Vital statistics of India. Vol. IV, Annual returns from 1871 to 1876. British Army of India, Native Army and jails of Bengal
Year: 1871
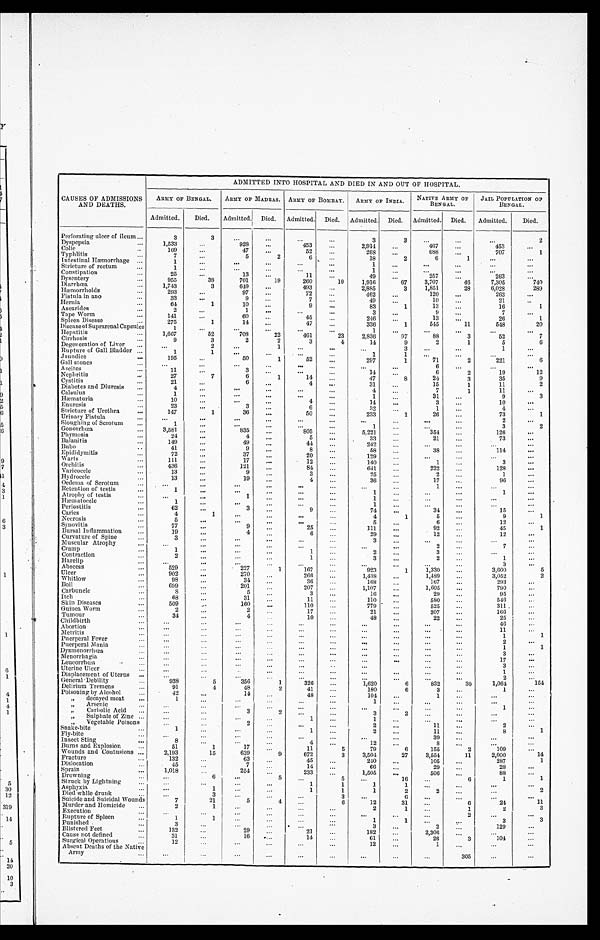
ADMITTED INTO HOSPITAL AND DIED IN AND OUT OF HOSPITAL.
CAUSES OF ADMISSIONS
AND DEATHS.
ARMY OF BENGAL.
A R M Y O F M A D R A S .
ARMY OF BOMBAY. ARMY OF INDIA. NATI VE ARMY OF
BENGAL.
JAIL POPULATION OF
BENGAL.
Admitted.
Died. Admitted. Died.
Admitted.
Died.
Admitted.
Died.
Admitted.
Died. Admitted.
Died.
Perforating ulcer of ileum
3
3
...
...
...
...
3
3
...
...
. . . 2
Dyspepsia
1,533
. . .
928
. . .
453
...
2,914
. . .
467
...
453
...
Colic
169
...
47
...
52
...
268
...
688
...
707
1
Typhlitis
7
...
5
2
6
. . .
18
2
6
1
. . .
. . .
Intestinal Hæmorrhage
1
...
...
...
...
...
1
...
. . .
. . .
. . .
. . .
Stricture of rectum
1
. . .
. . .
. . .
. . .
...
1
. . .
. . .
. . .
. . .
. . .
Constipation
25
...
13
...
11
...
49
...
257
...
263
...
Dysentery
955
38
701
19
260
10
1,916
67
3,707
46
7,305
740
Diarrhœa
1,743
3
649
...
493
. . .
2,885
3
1,851
28
6,028
289
Hæmorrhoids
293
...
97
...
72
...
462
. . .
120
...
263
. . .
Fistula in ano
33
...
9
. . . 7
. . .
49
. . .
10
. . . 21
. . .
Hernia
64
1
10
...
9
...
83
1
13
...
16
1
Ascarides
2
...
1
. . .
. . .
. . .
3
...
9
. . .7
...
Tape Worm
141
...
60
. . .
45
. . .
246
. . .
13
...
26
1
Spleen Disease
275
1
14
...
47
...
336
1
545
11
548
20
Disease of Suprarenal Capsules
1
. . .
...
...
...
...
1
...
...
...
...
. . .
Hepatitis
1,667
52
708
22
461
23
2,836
97
88
3
52
7
Cirrhosis
9
3
2
2
3
4
14
9
2
1
5
6
Degeneration of Liver
...
2
...
1
...
...
. . . 3
...
...
1
. . .
Rupture of Gall Bladder
1
1
...
...
. . .
. . .
1
1
...
. . .
. . .
. . .
Jaundice
195
. . .
50
1
52
. . .
297
1
71
2
221
6
Gall stone
. . .
. . .
...
...
...
...
...
. . .
6
...
. . .
. . .
Ascites
11
...
3
...
...
...
14
. . . 6
2
19
12
Nephritis
27
7
6
1
14
. . .
47
8
24
3
35
9
Cystitis
21
...
6
...
4
...
31
. . . 15
1
11
2
Diabetes and Diuresis
4
. . .
. . .
. . .
. . .
. . . 4
...
7
1
11
. . .
Calculus
1
. . .
...
. . .
...
. . .
1
. . . 31
...
9
3
Hæmaturia
1
. . .
. . .
...
4
. . .
14
. . .
3
...
10
. . .
Enuresis
23
...
3
...
6
. . .
32
. . . 1
...
4
. . .
Stricture of Urethra
147
1
36
. . .
50
...
233
1
26
. . . 73
1
Urinary Fistula
...
. . .
. . .
. . .
. . .
. . .
. . .
. . .
. . .
. . .2
. . .
Sloughing of Scrotum
1
...
...
...
...
...
1
...
. . .
...
3
2
Gonorrhœa
3,581
. . . 835
...
805
. . .
5,221
. . .
354
...
126
. . .
Phymosis
24
...
4
. . .
5
. . .
33
. . .
21
. . .
73
. . .
Balanitis
149
...
49
. . .
44
. . .
242
. . .
...
. . .
. . .
. . .
Bubo
41
. . .
9
. . .
8
...
58
. . . 38
...
114
. . .
Epididymitis
72
. . . 37
. . . 20
...
129
. . .
...
...
. . .
. . .
Warts
111
. . . 17
. . .
12
...
140
...
1
...
3
. . .
Orchitis
436
...
121
. . . 84
...
641
. . .
222
...
128
. . .
Varicocele
13
. . . 9
. . . 3
. . . 25
. . . 2
...
1
. . .
Hrdroeele
13
...
19
. . .
4
...
36
...
17
. . .
9
6
. . .
Oedema of Scrotum
...
...
..
. . .
...
. . .
. . .
. . .
1
...
...
. . .
Retention of testis
1
...
. . .
. . .
. . .
. . .
. . 1 .
. . .
. . .
. . .
. . 1 .
. . .
Atrophy of testis
...
...
1
. . .
. . .
. . .
1
. . .
...
...
. . .
. . .
Hæmatocele
1
. . .
. . .
. . .
. . .
. . . 1
...
. . .
...
. . .
. . .
Periostitis
62
...
3
. . .
9
. . . 74
. . .
34
...
15
. . .
Caries
4
1
. . .
. . .
. . .
...
4
1
5
. . . 9
1 . . .
Necrosis
5
...
...
. . .
. . .
. . .
5
. . . 6
. . . 12
. . .
Synovitis
77
...
9
. . . 25
...
111
...
92
. . .
4 5
1
Bursal Inflammation
19
. . .
. 4 . .
...
6 . . . 29
...
12
. . .
12
. . .
Curvature of Spine
3
. . .
. . .
. . .
. . .
. . . 3
. . .
. . .
. . .
. . .
. . .
Muscular Atrophy
...
...
...
. . .
. . .
...
. . .
. . .
2
...
7
. . .
Cramp
1
...
...
. . .
1
. . . 2
. . . 3
...
. . .
. . .
Contraction
2
. . .
. . .
. 1 . .
. . . . . . 3
...
2
...
1
. . .
Harelip
. . .
. . .
. . .
. . .
. . .
. . .
. . .
. . .
...
. . .3
. . .
Abscess
529
. . . 227
1
167
. . .
923
1
1,330
. . .
3,600
5
Ulcer
902
. . .
270
...
266
. . .
1,438
...
1,489
. . .
3,052
2
Whitlow
98
. . . 34
. . . 36
. . .
168
. . .
167
...
293
...
Boil
699
...
201 ...
207
...
1,107
. . .
1,605
. . .
790
. . .
Carbuncle
8
. . .5
. . .
3
. . .
16
. . .
29
...
95
. . .
Itch
68
. . .
31
. . .
11
. . .
110
. . .
580
...
546
. . .
Skin Diseases
509
. . . 160
...
110
...
779
. . . 525
. . . 311
. . .
Guinea Worm
2
. . .2
. . . 17
...
21
. . .
307
...
166
. . .
Tumour
34
...
4
. . . 10
...
48
...
22
. . .
25
. . .
Childbirth
. . .
. . .
. . .
. . .
. . .
. . .
. . .
. . .
. . .
. . .
46
. . .
Abortion
...
...
...
...
...
...
. . .
. . .
...
...
11
. . .
Metritis
. . .
...
...
...
...
...
. . .
. . .
. . .
...
1
1
Puerperal Fever
. . .
. . .
. . .
. . .
. . .
. . .
. . .
. . .
. . .
...
2
. . .
Puerperal Mania
. . .
. . .
...
...
...
. . .
. . .
...
. . .
. . . 1
1
Dysmenorrhœa
...
...
. . .
...
...
...
. . .
. . .
. . .
. . .3
. . .
Menorrhagia
. . . ...
...
. . .
. . .
. . .
...
. . .
. . .
. . .
1 7
. . .
Leucorrhœa
...
. . .
...
...
...
..
...
. . .
...
...
3
. . .
Uterine Ulcer
...
...
. . .
...
. . .
. . .
. . .
. . .
. . .
. . .1
. . .
Displacement of Uterus
...
. . .
...
. . .
...
...
. . .
...
. . .
. . .
2
. . .
General Debility
938
5
356
1
326
...
1,620
6
832
30
1,064
154
Delirium Tremens
91
4
48
2
41
...
180
6
3
. . .1
. . .
Poisoning by Alcohol
42
. . .
14
...
48
...
104
...
1
. . .
. . .
. . .
" decayed meat
1
. . .
. . .
...
. . .
. . .
1
...
...
...
. . .
. . .
" Arsenic
. . .
...
. . .
. . .
...
. . .
. . .
...
. . .
. . .1
. . .
" Carbolic Acid
...
...
3
2
...
. . . 3
2
. . .
. . .
. . .
. . .
" Sulphate of Zinc
. . .
. . .
. . .
...
1
. . .
1
. . .
. . .
. . .
. . .
. . .
" Vegetable Poisons
. . .
. . . 2
. . .
...
...
2
...
11
. . .2
. . .
Snake-bite
1
. . .
. . .
...
1
...
2
. . . 11
. . .8
1
Fly-bite
. . .
...
. . .
...
...
. . .
. . .
. . .
39
. . .
. . .
. . .
Insect Sting
8
...
...
...
4
. . .
12
. . .
8
. . .
. . .
. . .
Burns and Explosion
51
1
17
. . .
11
5
79
6
155
2
109
. . .
Wounds and Contusions
2,193
15
639
9
672
3
3,504
27
3,554
11
2,000
14
Fracture
132
...
63
. . .
45
. . .
240
...
105
...
287
1
Dislocation
45
. . .7
...
14
. . .
66
...
29
...
28
. . .
Sprain
1,018
. . . 254
. . .
233
. . .
1,505
...
506
...
88
. . .
Drowning
...
6
. . .
5
. . . 5
...
16
...
6
1
1
Struck by Lightning
. . .
. . .
. . .
...
1
1
1
1
...
. . .
. . .
. . .
Asphyxia
. . . 1
. . .
...
1
1
1
2
2
. . .
. . .
2
Died while drunk
. . .
3
. . .
...
. . .
3
. . .
6
. . .
. . .
...
. . .
Suicide and Suicidal Wounds
7
21 I
5
4
. . .
6
12
31
...
6
24
11
Murder and Homicide
2
1
. . .
...
. . .
. . .
2
1
. . .
1
2
3
Execution
. . .
. . .
...
. . .
. . .
. . .
. . .
. . .
. . .
2
. . .
. . .
Rupture of Spleen
1
1
. . .
. . .
. . .
. . . 1
1
. . .
. . . 3
3
Punished
3
. . .
...
...
...
...
3
...
2
. . .
129
. . .
Blistered Feet
132
...
29
...
21
...
182
. . .
2,306
...
. . .
. . .
Cause not defined
31
...
16 ...
14
. . . 61
...
26
3
104
. . .
Surgical Operations
12
. . .
...
. . .
. . .
. . . 12
. . . 1
. . .
. . .
. . .
Absent Deaths of the Native
Army
. . .
. . .
...
. . .
...
. . .
. . .
...
. . .
305
...
. . .